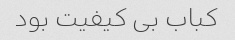
کباب بی کیفیت بود